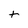
Character: t